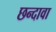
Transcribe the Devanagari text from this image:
छन्दावा